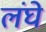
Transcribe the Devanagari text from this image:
लंघे